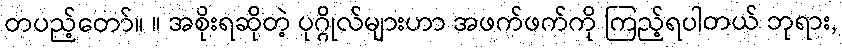
တပည့်တော်။ ။ အစိုးရဆိုတဲ့ ပုဂ္ဂိုလ်များဟာ အဖက်ဖက်ကို ကြည့်ရပါတယ် ဘုရား,